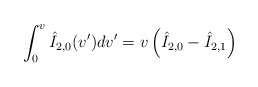
\begin{align*} \int_0^v\hat{I}_{2,0}(v')dv'=v\left(\hat{I}_{2,0}-\hat{I}_{2,1}\right)\end{align*}